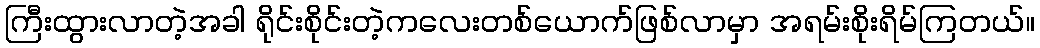
ကြီးထွားလာတဲ့အခါ ရိုင်းစိုင်းတဲ့ကလေးတစ်ယောက်ဖြစ်လာမှာ အရမ်းစိုးရိမ်ကြတယ်။